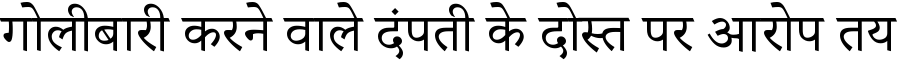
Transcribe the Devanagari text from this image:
गोलीबारी करने वाले दंपती के दोस्त पर आरोप तय